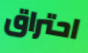
احتراق